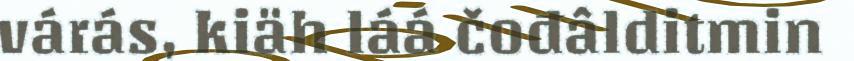
várás, kiäh láá čođâlditmin